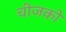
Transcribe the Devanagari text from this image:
चीजको